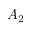
A _ { 2 }